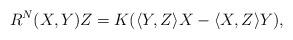
LaTeX: \begin{align*}R^N(X,Y)Z=K(\langle Y,Z\rangle X-\langle X,Z\rangle Y),\end{align*}